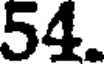
54.